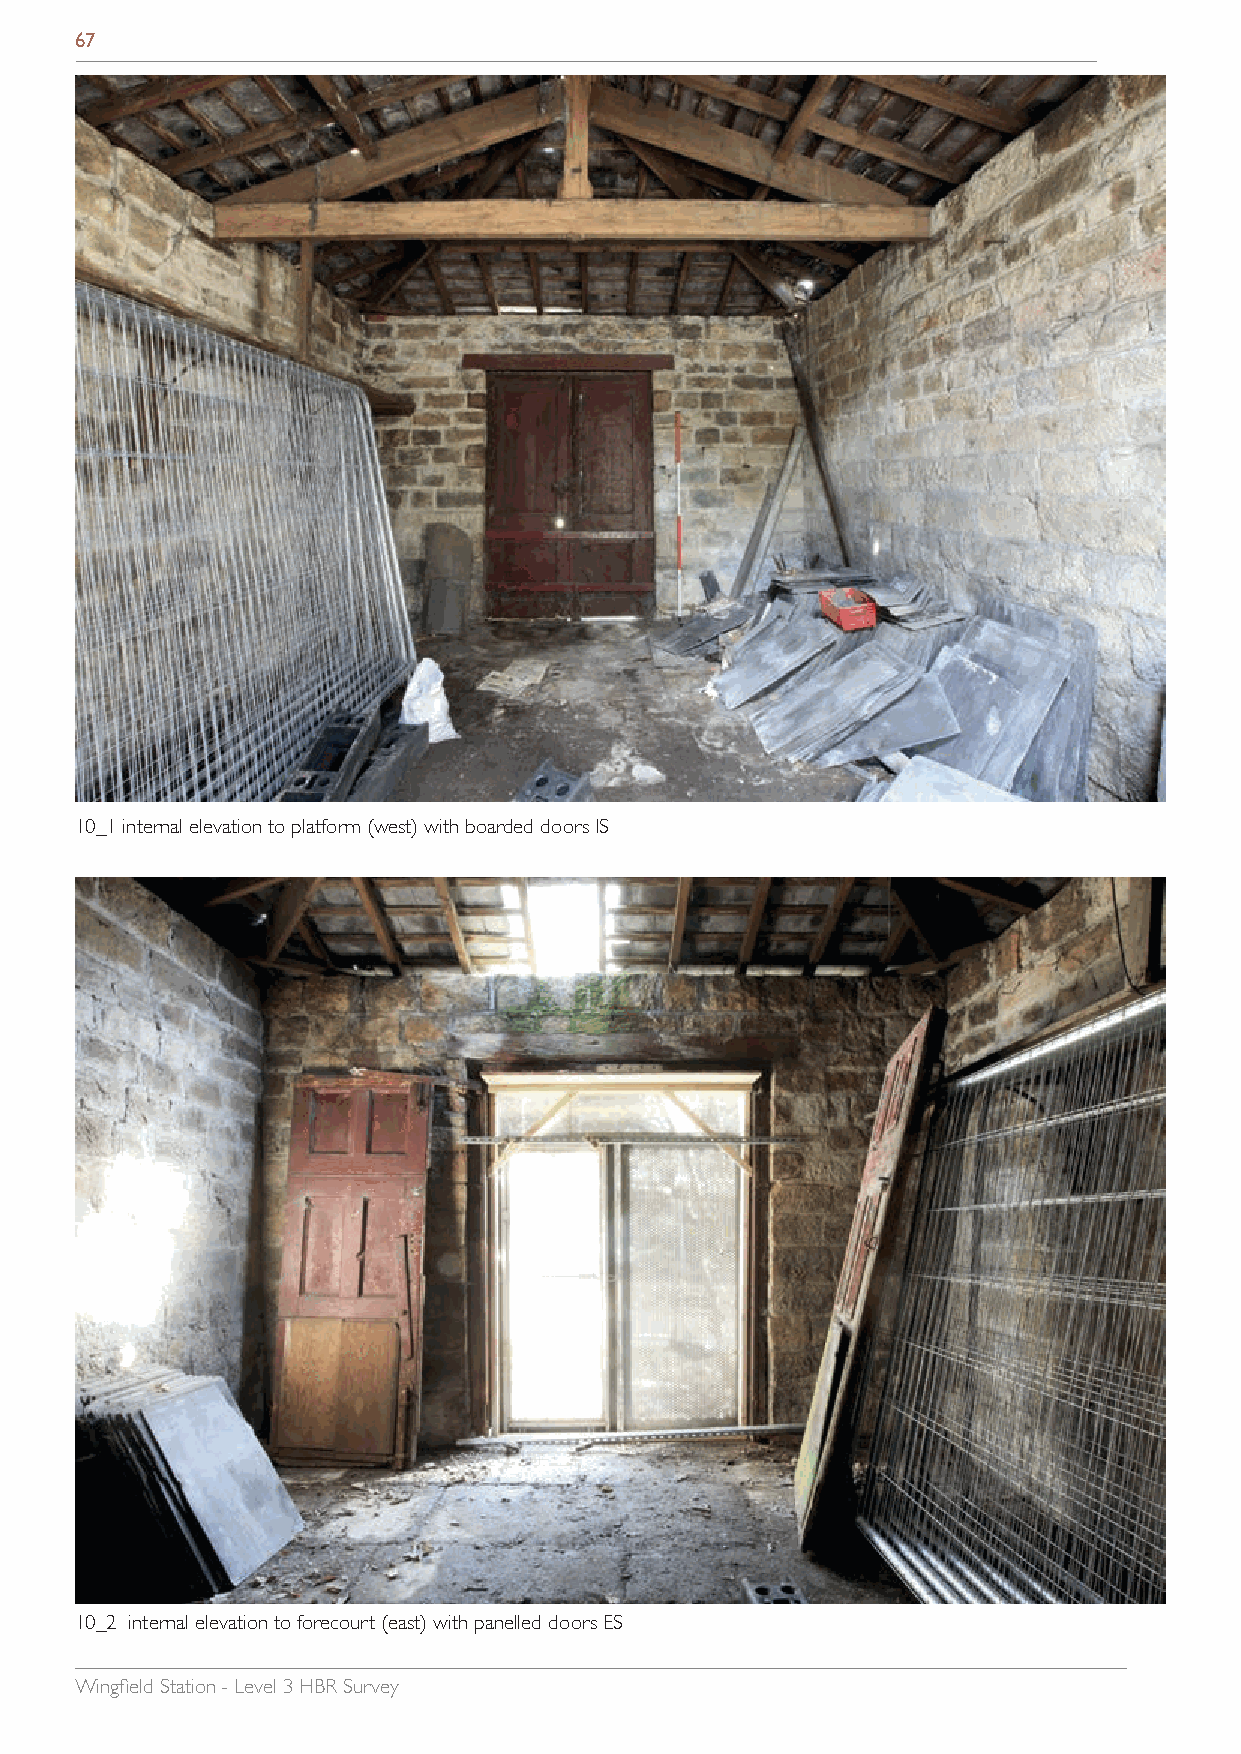
67
 10_1 internal elevation to platform (west) with boarded doors IS
 10_2 internal elevation to forecourt (east) with panelled doors ES
 Wingfield Station - Level 3 HBR Survey